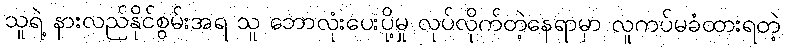
သူရဲ့ နားလည်နိုင်စွမ်းအရ သူ ဘောလုံးပေးပို့မှု လုပ်လိုက်တဲ့နေရာမှာ လူကပ်မခံထားရတဲ့